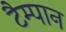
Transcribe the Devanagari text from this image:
टैम्पान